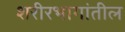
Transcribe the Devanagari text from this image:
शरीरभागांतील